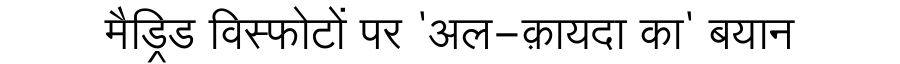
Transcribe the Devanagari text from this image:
मैड्रिड विस्फोटों पर 'अल-क़ायदा का' बयान